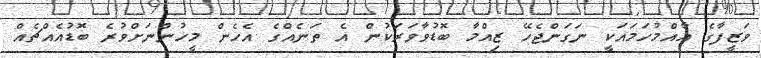
ވަޒީފާގެ ޢާއްމުހަމައަކީ ނަގަންޖެހޭ ޒިއްމާ ބޮޑުވާވަރަކުން އެ ތަނެއްގެ އެހެން މީހުންނަށްވުރެ ބޮޑުއެއްޗެއް